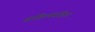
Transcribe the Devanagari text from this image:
शांडिल्यसंहिता